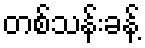
တစ်သန်းခန့်